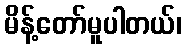
မိန့်တော်မူပါတယ်၊